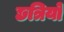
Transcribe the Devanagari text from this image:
छत्रियो